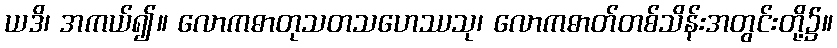
ယဒိ၊ အကယ်၍။ လောကဓာတုသတသဟေဿသု၊ လောကဓာတ်တစ်သိန်းအတွင်းတို့၌။